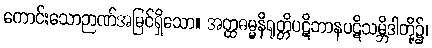
ကောင်းသောဉာဏ်အမြင်ရှိသော။ အတ္ထဓမ္မနိရုတ္တိပဋိဘာနပဋိသမ္ဘိဒါတို့၌၊